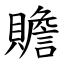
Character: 贍